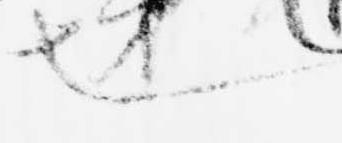
也